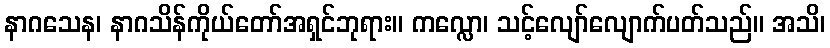
နာဂသေန၊ နာဂသိန်ကိုယ်တော်အရှင်ဘုရား။ ကလ္လော၊ သင့်လျော်လျောက်ပတ်သည်။ အသိ၊